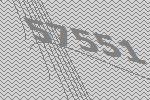
57551